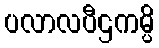
ပလာလပီဌကမ္ပိ